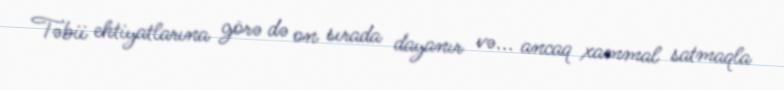
Təbii ehtiyatlarına görə də on sırada dayanır və... ancaq xammal satmaqla